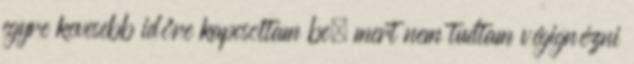
egyre kevesebb időre kapcsoltam be, mert nem tudtam végignézni